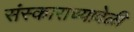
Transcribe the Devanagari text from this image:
संस्काराच्यावेळी